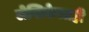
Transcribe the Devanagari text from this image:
लेखिकेलाही